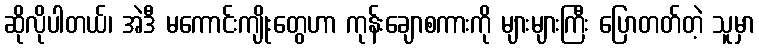
ဆိုလိုပါတယ်၊ အဲဒီ မကောင်းကျိုးတွေဟာ ကုန်းချောစကားကို များများကြီး ပြောတတ်တဲ့ သူမှာ